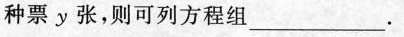
种票x张，乙种票y张，则可列方程组___.